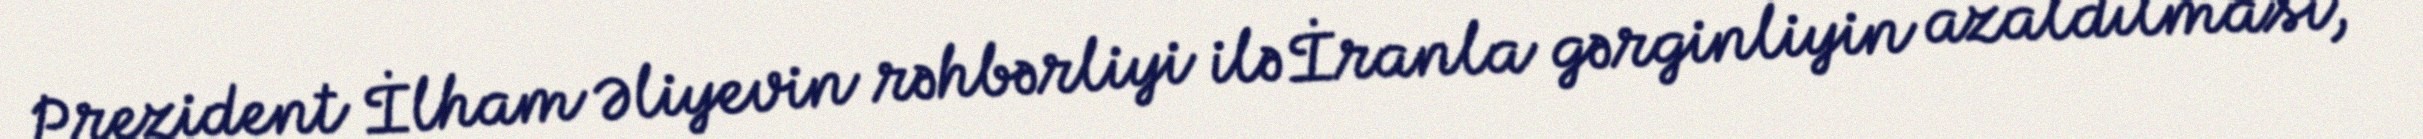
Prezident İlham Əliyevin rəhbərliyi ilə İranla gərginliyin azaldılması,